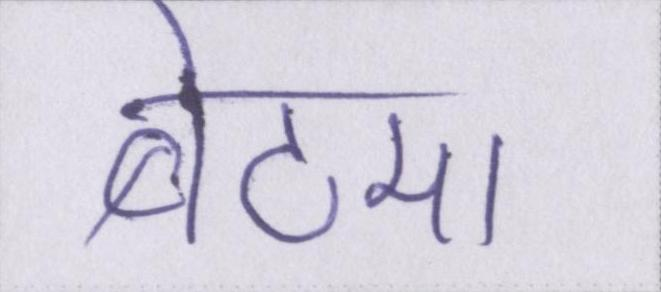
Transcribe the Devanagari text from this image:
बेटमा